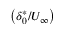
\left( { \delta _ { 0 } ^ { * } } / { U _ { \infty } } \right)